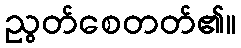
ညွတ်စေတတ်၏။